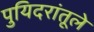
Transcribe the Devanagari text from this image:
पुयिदरांतूले